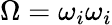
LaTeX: \Omega=\omega_{i}\omega_{i}